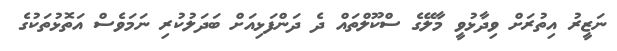
ނަޒީރު އިތުރަށް ވިދާޅުވީ މާލޭގެ ސްކޫލްތައް ދެ ދަންފަޅިއަށް ބަދަލުކުރި ނަމަވެސް އަތޮޅުތަކުގެ